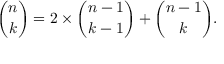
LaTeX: { \binom { n } { k } } = 2 \times { \binom { n - 1 } { k - 1 } } + { \binom { n - 1 } { k } } .